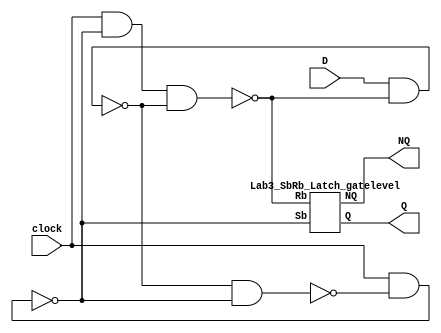
`timescale 1ns / 1ps
//////////////////////////////////////////////////////////////////////////////////
// Company: 
// Engineer: 
// 
// Design Name: 
// Module Name: Lab3_Pos_Edge_D_FF_gatelevel
// Project Name: 
// Target Devices: 
// Tool Versions: 
// Description: 
// 
// Dependencies: 
// 
// Revision:
// Revision 0.01 - File Created
// Additional Comments:
// 
//////////////////////////////////////////////////////////////////////////////////


module Lab3_Pos_Edge_D_FF_gatelevel(
    D,
    clock,
    Q,
    NQ   
    );
    
input D;
input clock;
output Q;
output NQ;
wire w1,w2,w3,w4,w5,w6;

nand g1(w1,w4,w2);
nand g2(w2,clock,w1);
and g5(w5,clock,w2);
nand g3(w3,w5,w4);
nand g4(w4,D,w3);

Lab3_SbRb_Latch_gatelevel SR(w2,w3,Q,NQ);

endmodule

module Lab3_SbRb_Latch_gatelevel(
    Sb,
    Rb,
    Q,
    NQ
    );
    
input Sb;
input Rb;
output NQ;
output Q;

nand g1(Q,NQ,Sb);
nand g2(NQ,Rb,Q); 
    
    
endmodule